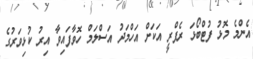
އެންމެ މޮޅު ފުޓްބޯޅަ ރެފްރީ އަކަށް އަހްމަދު އަސްލަމް ހޮވާފައިވާ އިރު ކުޅިވަރުގެ